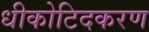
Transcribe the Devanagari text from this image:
धीकोटिदकरण